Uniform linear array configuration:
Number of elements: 24
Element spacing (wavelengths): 1
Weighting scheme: exponential
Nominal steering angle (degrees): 45
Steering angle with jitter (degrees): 43.509
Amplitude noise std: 0.05
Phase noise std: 0.05

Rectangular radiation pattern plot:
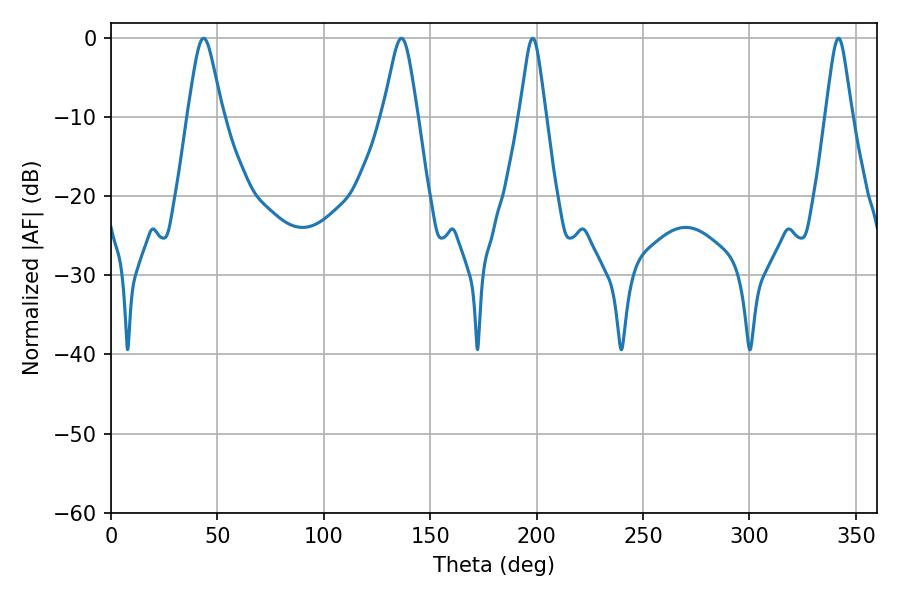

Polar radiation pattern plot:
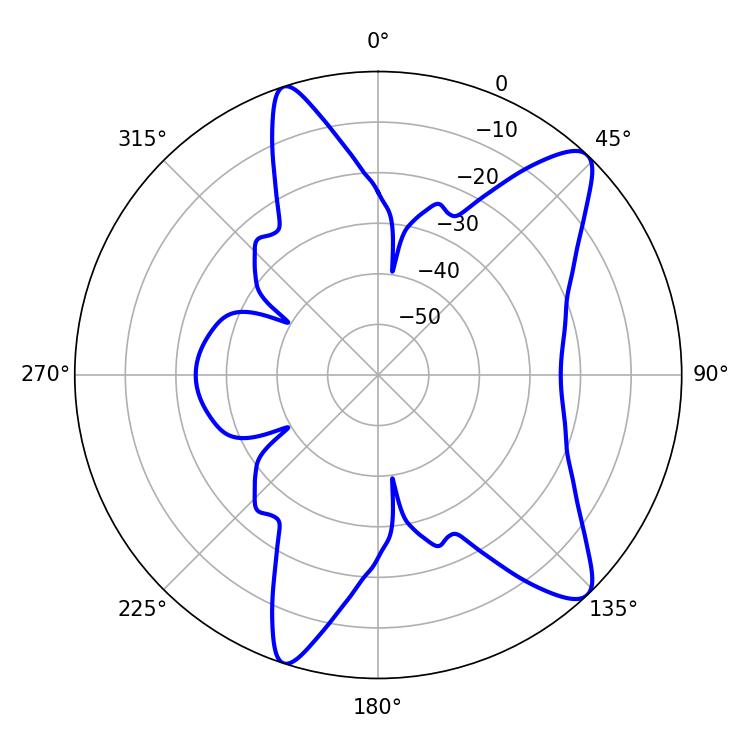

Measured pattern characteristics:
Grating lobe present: TRUE
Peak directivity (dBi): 10.992
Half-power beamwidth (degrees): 7.92
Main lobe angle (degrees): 43.56